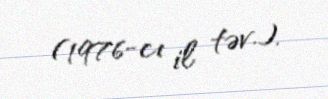
(1976-cı il təv.).